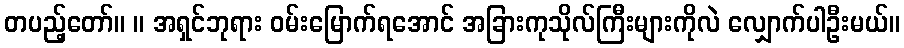
တပည့်တော်။ ။ အရှင်ဘုရား ဝမ်းမြောက်ရအောင် အခြားကုသိုလ်ကြီးများကိုလဲ လျှောက်ပါဦးမယ်။